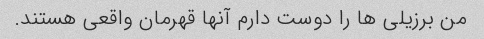
من برزیلی ها را دوست دارم آنها قهرمان واقعی هستند.